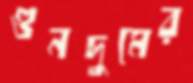
গুনদুমের